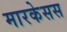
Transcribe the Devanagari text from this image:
मारकेसस